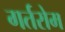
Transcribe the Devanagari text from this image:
गर्तरोम